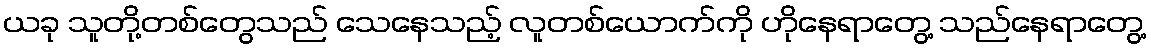
ယခု သူတို့တစ်တွေသည် သေနေသည့် လူတစ်ယောက်ကို ဟိုနေရာတွေ့ သည်နေရာတွေ့